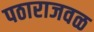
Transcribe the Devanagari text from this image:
पठाराजवळ